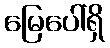
မြေပေါ်ရှိ